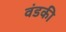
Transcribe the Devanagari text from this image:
वंडकी